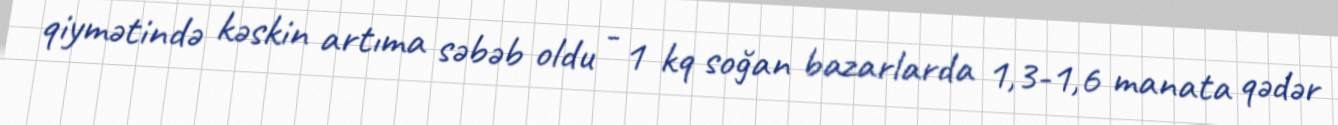
qiymətində kəskin artıma səbəb oldu - 1 kq soğan bazarlarda 1,3-1,6 manata qədər